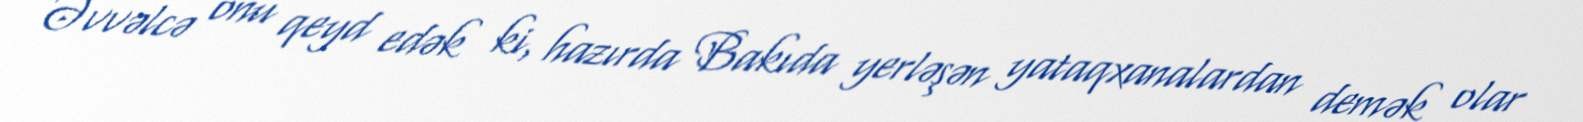
Əvvəlcə onu qeyd edək ki, hazırda Bakıda yerləşən yataqxanalardan demək olar